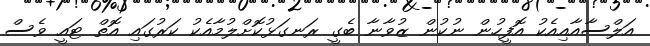
އަލްސާއާއިއެކު އޮފީހުން ނުކުން ޒުވާނާ ބެގީ ރަނގަޅުކޮށްލުމާއެކު ކަރުގައި އޮތް ޓައީ ވެސް